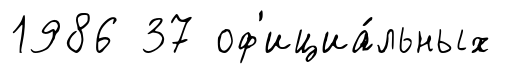
1986 37 оф'ициа́льных